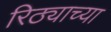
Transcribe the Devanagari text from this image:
रिठ्याच्या